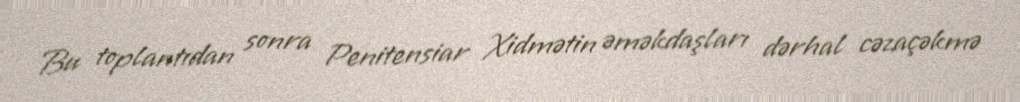
Bu toplantıdan sonra Penitensiar Xidmətin əməkdaşları dərhal cəzaçəkmə